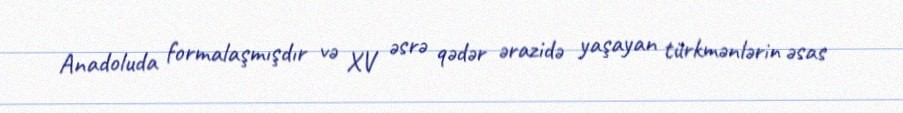
Anadoluda formalaşmışdır və XV əsrə qədər ərazidə yaşayan türkmənlərin əsas